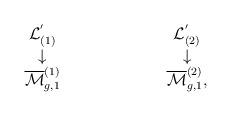
\begin{align*}\begin{array}{ccc} {\cal L}^{'}_{(1)}&\hspace{2cm} & {\cal L}^{'}_{(2)} \\ \downarrow & \hspace{2cm} & \downarrow \\ \overline{{\cal M}}_{g,1}^{(1)} &\hspace{2cm} & \overline{{\cal M}}_{g,1}^{(2)}, \end{array}\end{align*}